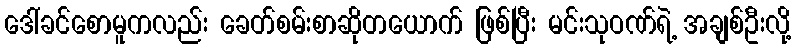
ဒေါ်ခင်စောမူကလည်း ခေတ်စမ်းစာဆိုတယောက် ဖြစ်ပြီး မင်းသုဝဏ်ရဲ့ အချစ်ဦးလို့